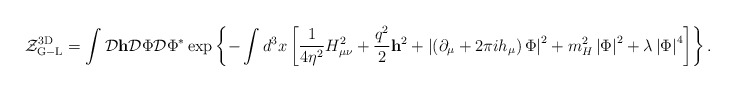
\begin{align*}{\cal Z}_{\rm G-L}^{\rm 3D}=\int {\cal D}{\bf h}{\cal D}\Phi{\cal D}\Phi^{*} \exp\left\{-\int d^3x\left[\frac{1}{4\eta^2}H_{\mu\nu}^2+\frac{q^2}{2}{\bf h}^2+\left|\left(\partial_\mu+2\pi i h_\mu\right)\Phi\right|^2+m_H^2\left|\Phi\right|^2+\lambda\left|\Phi\right|^4\right]\right\}.\end{align*}